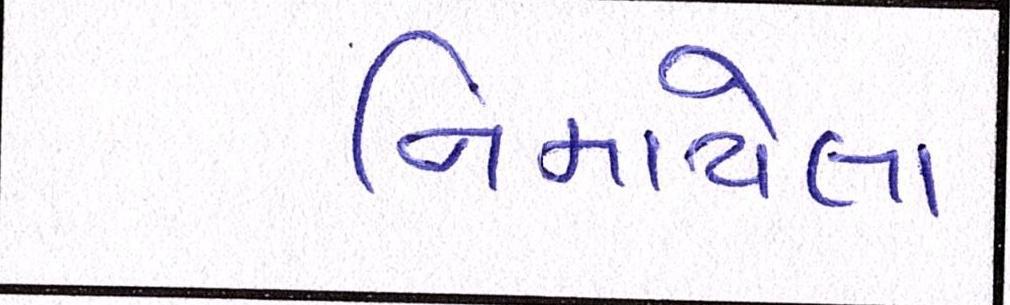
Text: નિમાયેલા